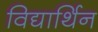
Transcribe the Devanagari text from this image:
विद्यार्थिन